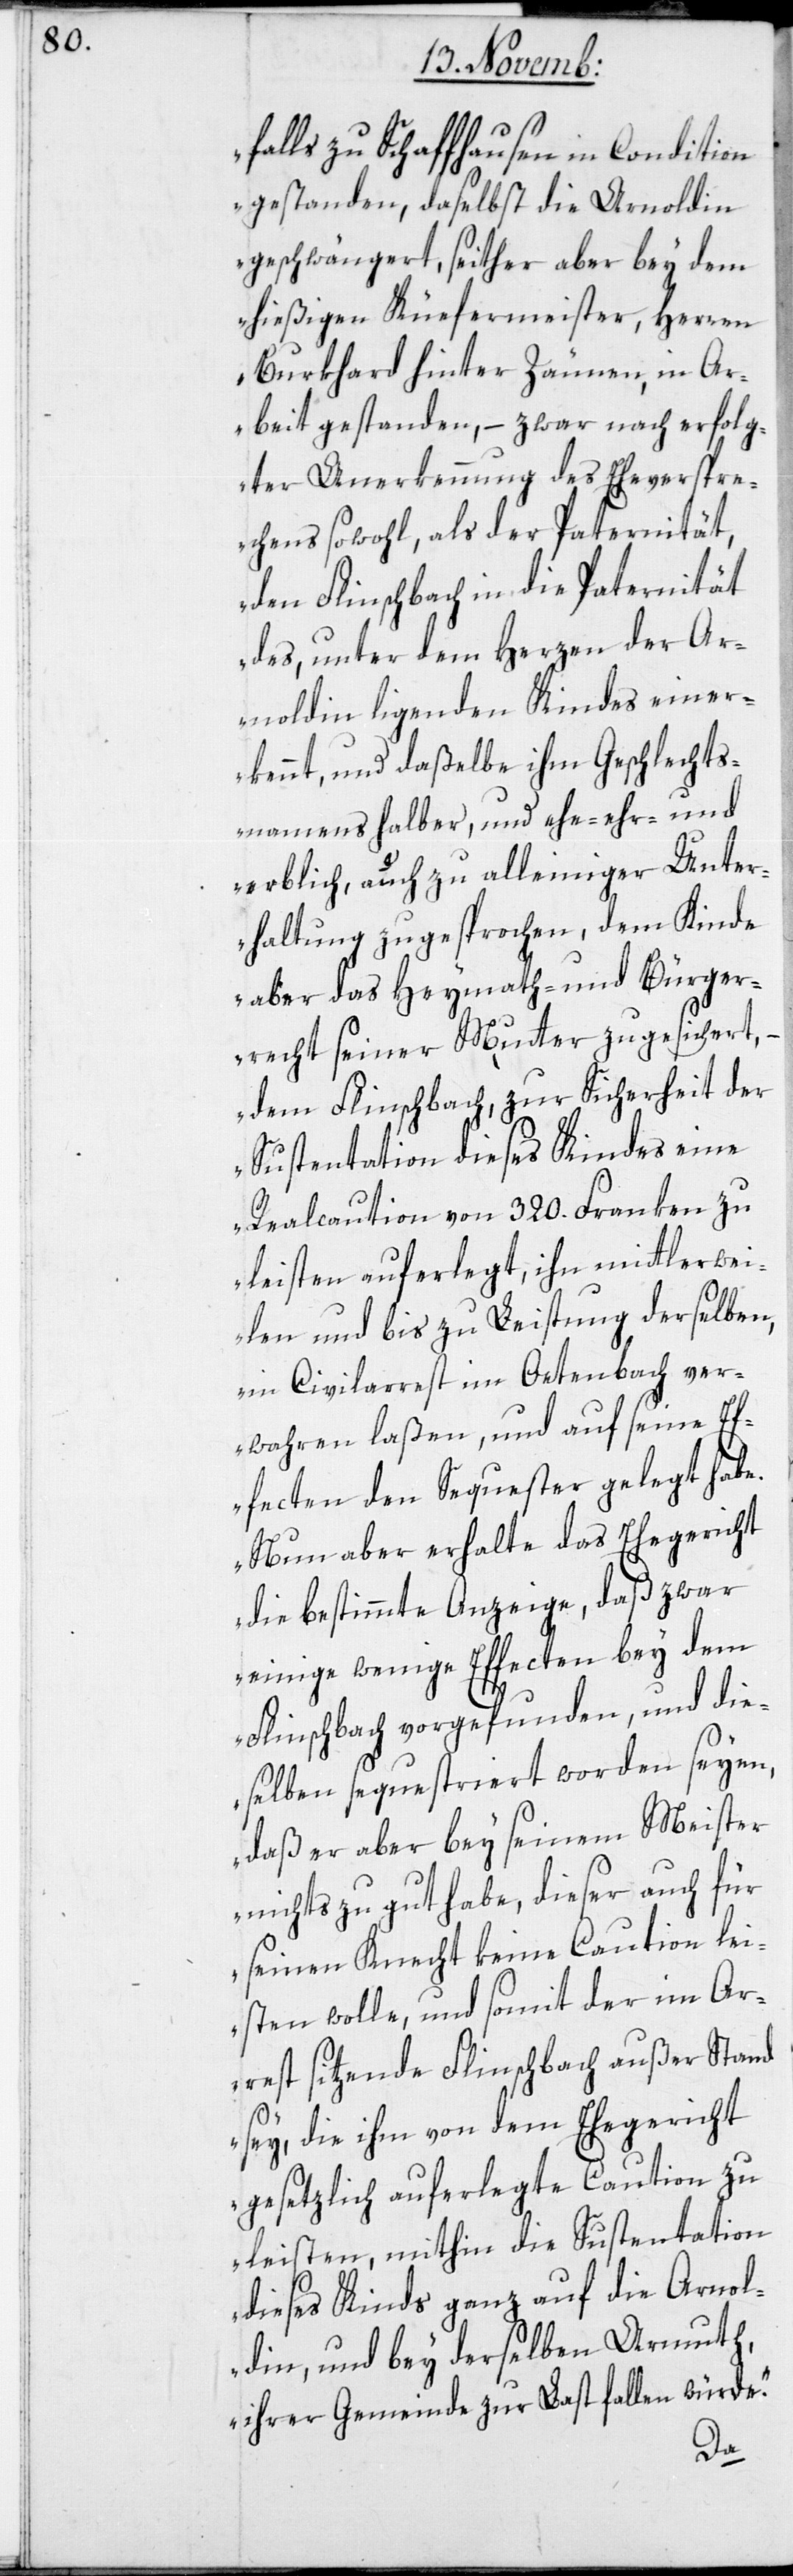
falls zu Schaffhausen in Condition
gestanden, daselbst die Arnoldin
geschwängert, seither aber bey dem
hießigen Kuefermeister, Herren
Burkhard hinter Zäunen, in A¬
rbeit gestanden, – zwar nach erfolg¬
ter Anerkennung des Eheverspre¬
chens sowohl, als der Paternität,
den Flinschbach in die Paternität
des, unter dem Herzen der Ar¬
noldin liegenden Kindes einer¬
kennt, und daßelbe ihm Geschlechts¬
namens halber, und ehe-, ehr- und
erblich, auch zu alleiniger Unter¬
haltung zugesprochen, dem Kinde
aber das Heymath- und Bürger¬
recht seiner Mutter zugesichert, –
dem Flinschbach, zur Sicherheit der
Sustentation dieses Kindes eine
Realcaution von 320. Franken zu
leisten auferlegt, ihn mittlerwei¬
len und bis zu Leistung derselben,
ein Civilarrest im Oetenbach ver¬
wahren laßen, und auf seine E¬
ffecten den Sequester gelegt habe.
Nun aber erhalte das Ehegericht
die bestimmte Anzeige, daß zwar
einige wenige Effecten bey dem
Flinschbach vorgefunden, und die¬
selben sequestriert worden seyen,
daß er aber bey seinem Meister
nichts zu gut habe, dieser auch für
seinen Knecht keine Caution lei¬
sten wolle, und somit der im Ar¬
rest sitzende Flinschbach außer Stand
sey, die ihm von dem Ehegericht
gesetzlich auferlegte Caution zu
leisten, mithin die Sustentation
dieses Kinds ganz auf die Arnol¬
din, und bey derselben Armuth,
ihrer Gemeinde zur Last fallen würde.“